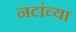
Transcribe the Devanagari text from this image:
नटांच्या